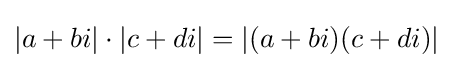
|a+bi|\cdot |c+di|=|(a+bi)(c+di)|